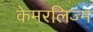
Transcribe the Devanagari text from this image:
केमरलिज्म